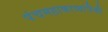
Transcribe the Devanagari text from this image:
पंचमहाकाव्यांपैकी